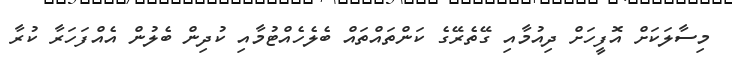
މިސާލަކަށް އޮފީހަށް ދިއުމާއި ގޭތެރޭގެ ކަންތައްތައް ބެލެހެއްޓުމާއި ކުދިން ބެލުން އެއްފަހަރާ ކުރާ